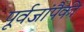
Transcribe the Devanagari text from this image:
पूर्वजांपैकी